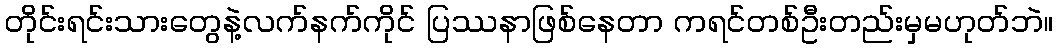
တိုင်းရင်းသားတွေနဲ့လက်နက်ကိုင် ပြဿနာဖြစ်နေတာ ကရင်တစ်ဦးတည်းမှမဟုတ်ဘဲ။